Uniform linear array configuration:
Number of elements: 4
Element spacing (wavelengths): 0.5
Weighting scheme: cosine
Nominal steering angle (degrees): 45
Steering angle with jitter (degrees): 45.787
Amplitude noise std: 0.05
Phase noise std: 0.05

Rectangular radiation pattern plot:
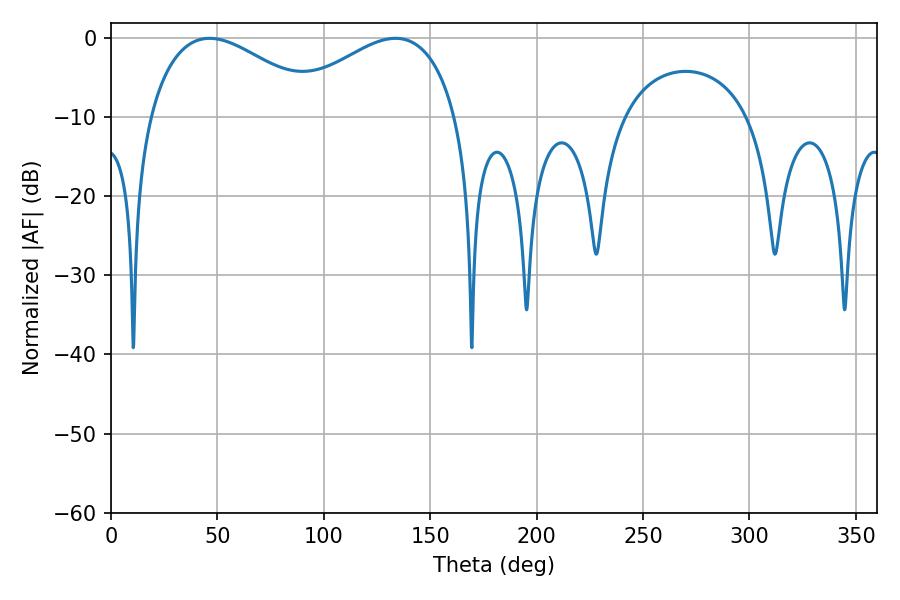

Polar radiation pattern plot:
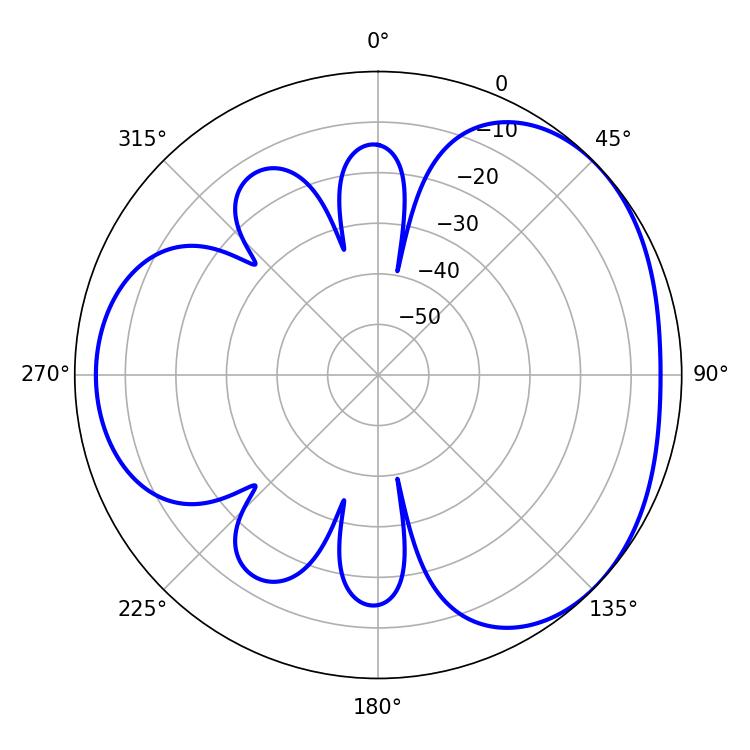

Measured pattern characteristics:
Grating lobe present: FALSE
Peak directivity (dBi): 3.344
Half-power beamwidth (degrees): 45
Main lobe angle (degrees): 46.26